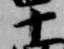
十